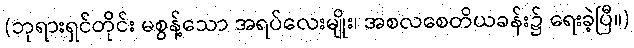
(ဘုရားရှင်တိုင်း မစွန့်သော အရပ်လေးမျိုး၊ အစလစေတိယခန်း၌ ရေးခဲ့ပြီ။)